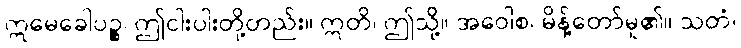
ဣမေခေါပဉ္စ၊ ဤငါးပါးတို့တည်း။ ဣတိ၊ ဤသို့။ အဝေါစ၊ မိန့်တော်မူ၏။ သတံ၊